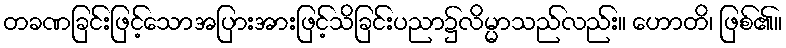
တခဏခြင်းဖြင့်သောအပြားအားဖြင့်သိခြင်းပညာ၌လိမ္မာသည်လည်း။ ဟောတိ၊ ဖြစ်၏။